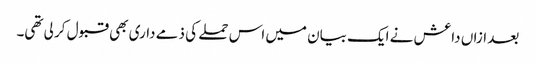
بعد ازاں داعش نے ایک بیان میں اس حملے کی ذمے داری بھی قبول کر لی تھی۔